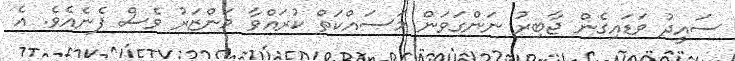
ސައީދު ވަޑައިގެން ޖާބިރު ނަންގަވަން މަސައްކަތް ކުރައްވާ މަންޒަރު ވެސް ފެނެއެވެ. އެ